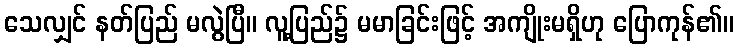
သေလျှင် နတ်ပြည် မလွဲပြီ။ လူ့ပြည်၌ မမာခြင်းဖြင့် အကျိုးမရှိဟု ပြောကုန်၏။